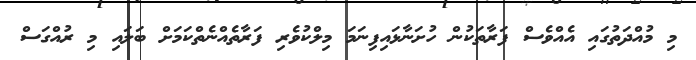
މި މުއްދަތުގައި އެއްވެސް ފަރާތަކުން ހުށަނާޅައިފިނަމަ މިލްކުވެރި ފަރާތެއްނެތްކަމަށް ބަލައި މި ރުއްގަސް